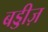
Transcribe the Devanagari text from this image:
बड्डीज़